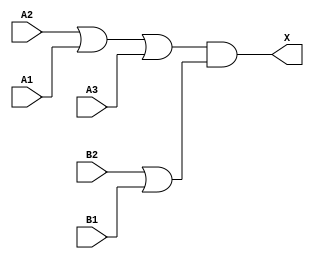
module sky130_fd_sc_hd__o32a (
    X ,
    A1,
    A2,
    A3,
    B1,
    B2
);

    // Module ports
    output X ;
    input  A1;
    input  A2;
    input  A3;
    input  B1;
    input  B2;

    // Module supplies
    supply1 VPWR;
    supply0 VGND;
    supply1 VPB ;
    supply0 VNB ;

    // Local signals
    wire or0_out   ;
    wire or1_out   ;
    wire and0_out_X;

    //  Name  Output      Other arguments
    or  or0  (or0_out   , A2, A1, A3      );
    or  or1  (or1_out   , B2, B1          );
    and and0 (and0_out_X, or0_out, or1_out);
    buf buf0 (X         , and0_out_X      );

endmodule